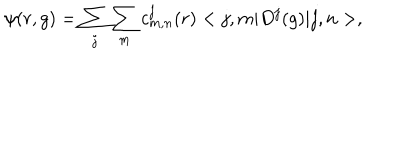
\psi ( r , g ) = \sum _ { j } \sum _ { m } c _ { m , n } ^ { j } ( r ) < j , m | D ^ { j } ( g ) | j , n > ,